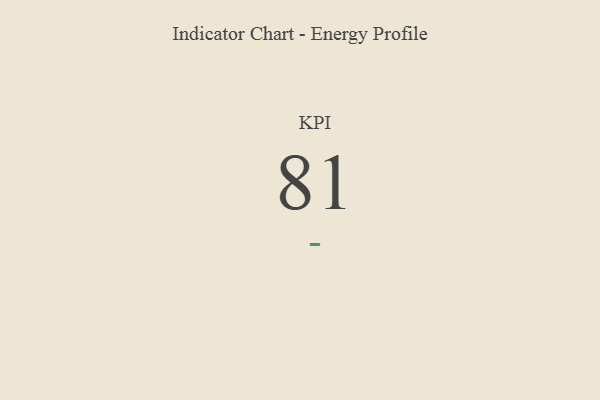
{"axis": {"x": "KPI", "y": "Value"}, "legend": [""], "data": [{"x": "KPI", "y": 81, "type": ""}]}